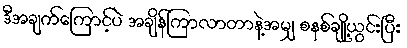
ဒီအချက်ကြောင့်ပဲ အချိန်ကြာလာတာနဲ့အမျှ စနစ်ချို့ယွင်းပြီး